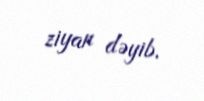
ziyan dəyib.